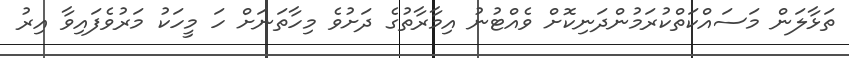
ތަޅާލަން މަސައްކަތްކުރަމުންދަނިކޮށް ވެއްޓުނު އިމާރާތުގެ ދަށުވެ މިހާތަނަށް ހަ މީހަކު މަރުވެފައިވާ އިރު